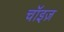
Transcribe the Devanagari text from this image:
चॉइज़